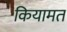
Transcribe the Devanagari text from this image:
कियामत